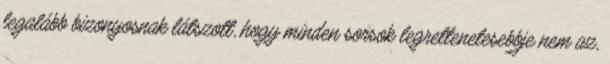
legalább bizonyosnak látszott, hogy minden sorsok legrettenetesebbje nem az,